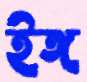
ইঙ্গ